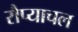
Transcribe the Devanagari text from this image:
रौप्याचल